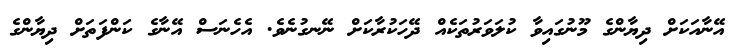
އޭނާއަކަށް ދިޔާންގެ މޫނުގައިވާ ކުލަވަރުތަކެއް ދޭހަކުރާކަށް ނޭނގުނެވެ. އެހެނަސް އޭނާގެ ކަންފަތަށް ދިޔާންގެ